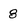
Character: 8